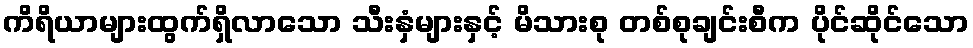
ကိရိယာများထွက်ရှိလာသော သီးနှံများနှင့် မိသားစု တစ်စုချင်းစီက ပိုင်ဆိုင်သော